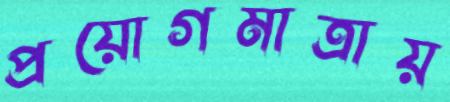
প্রয়োগমাত্রায়